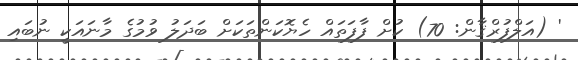
' (އަލްފުރްޤާން: 70) ކުށް ފާފަތައް ހެޔޮކަންތަކަށް ބަދަލު ވުމުގެ މާނައަކީ ނުބައި